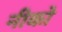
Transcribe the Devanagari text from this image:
नीको